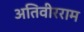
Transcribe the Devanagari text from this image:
अतिवीरराम